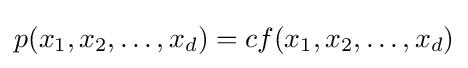
p(x_{1},x_{2},\ldots ,x_{d})=cf(x_{1},x_{2},\ldots ,x_{d})